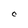
Character: C